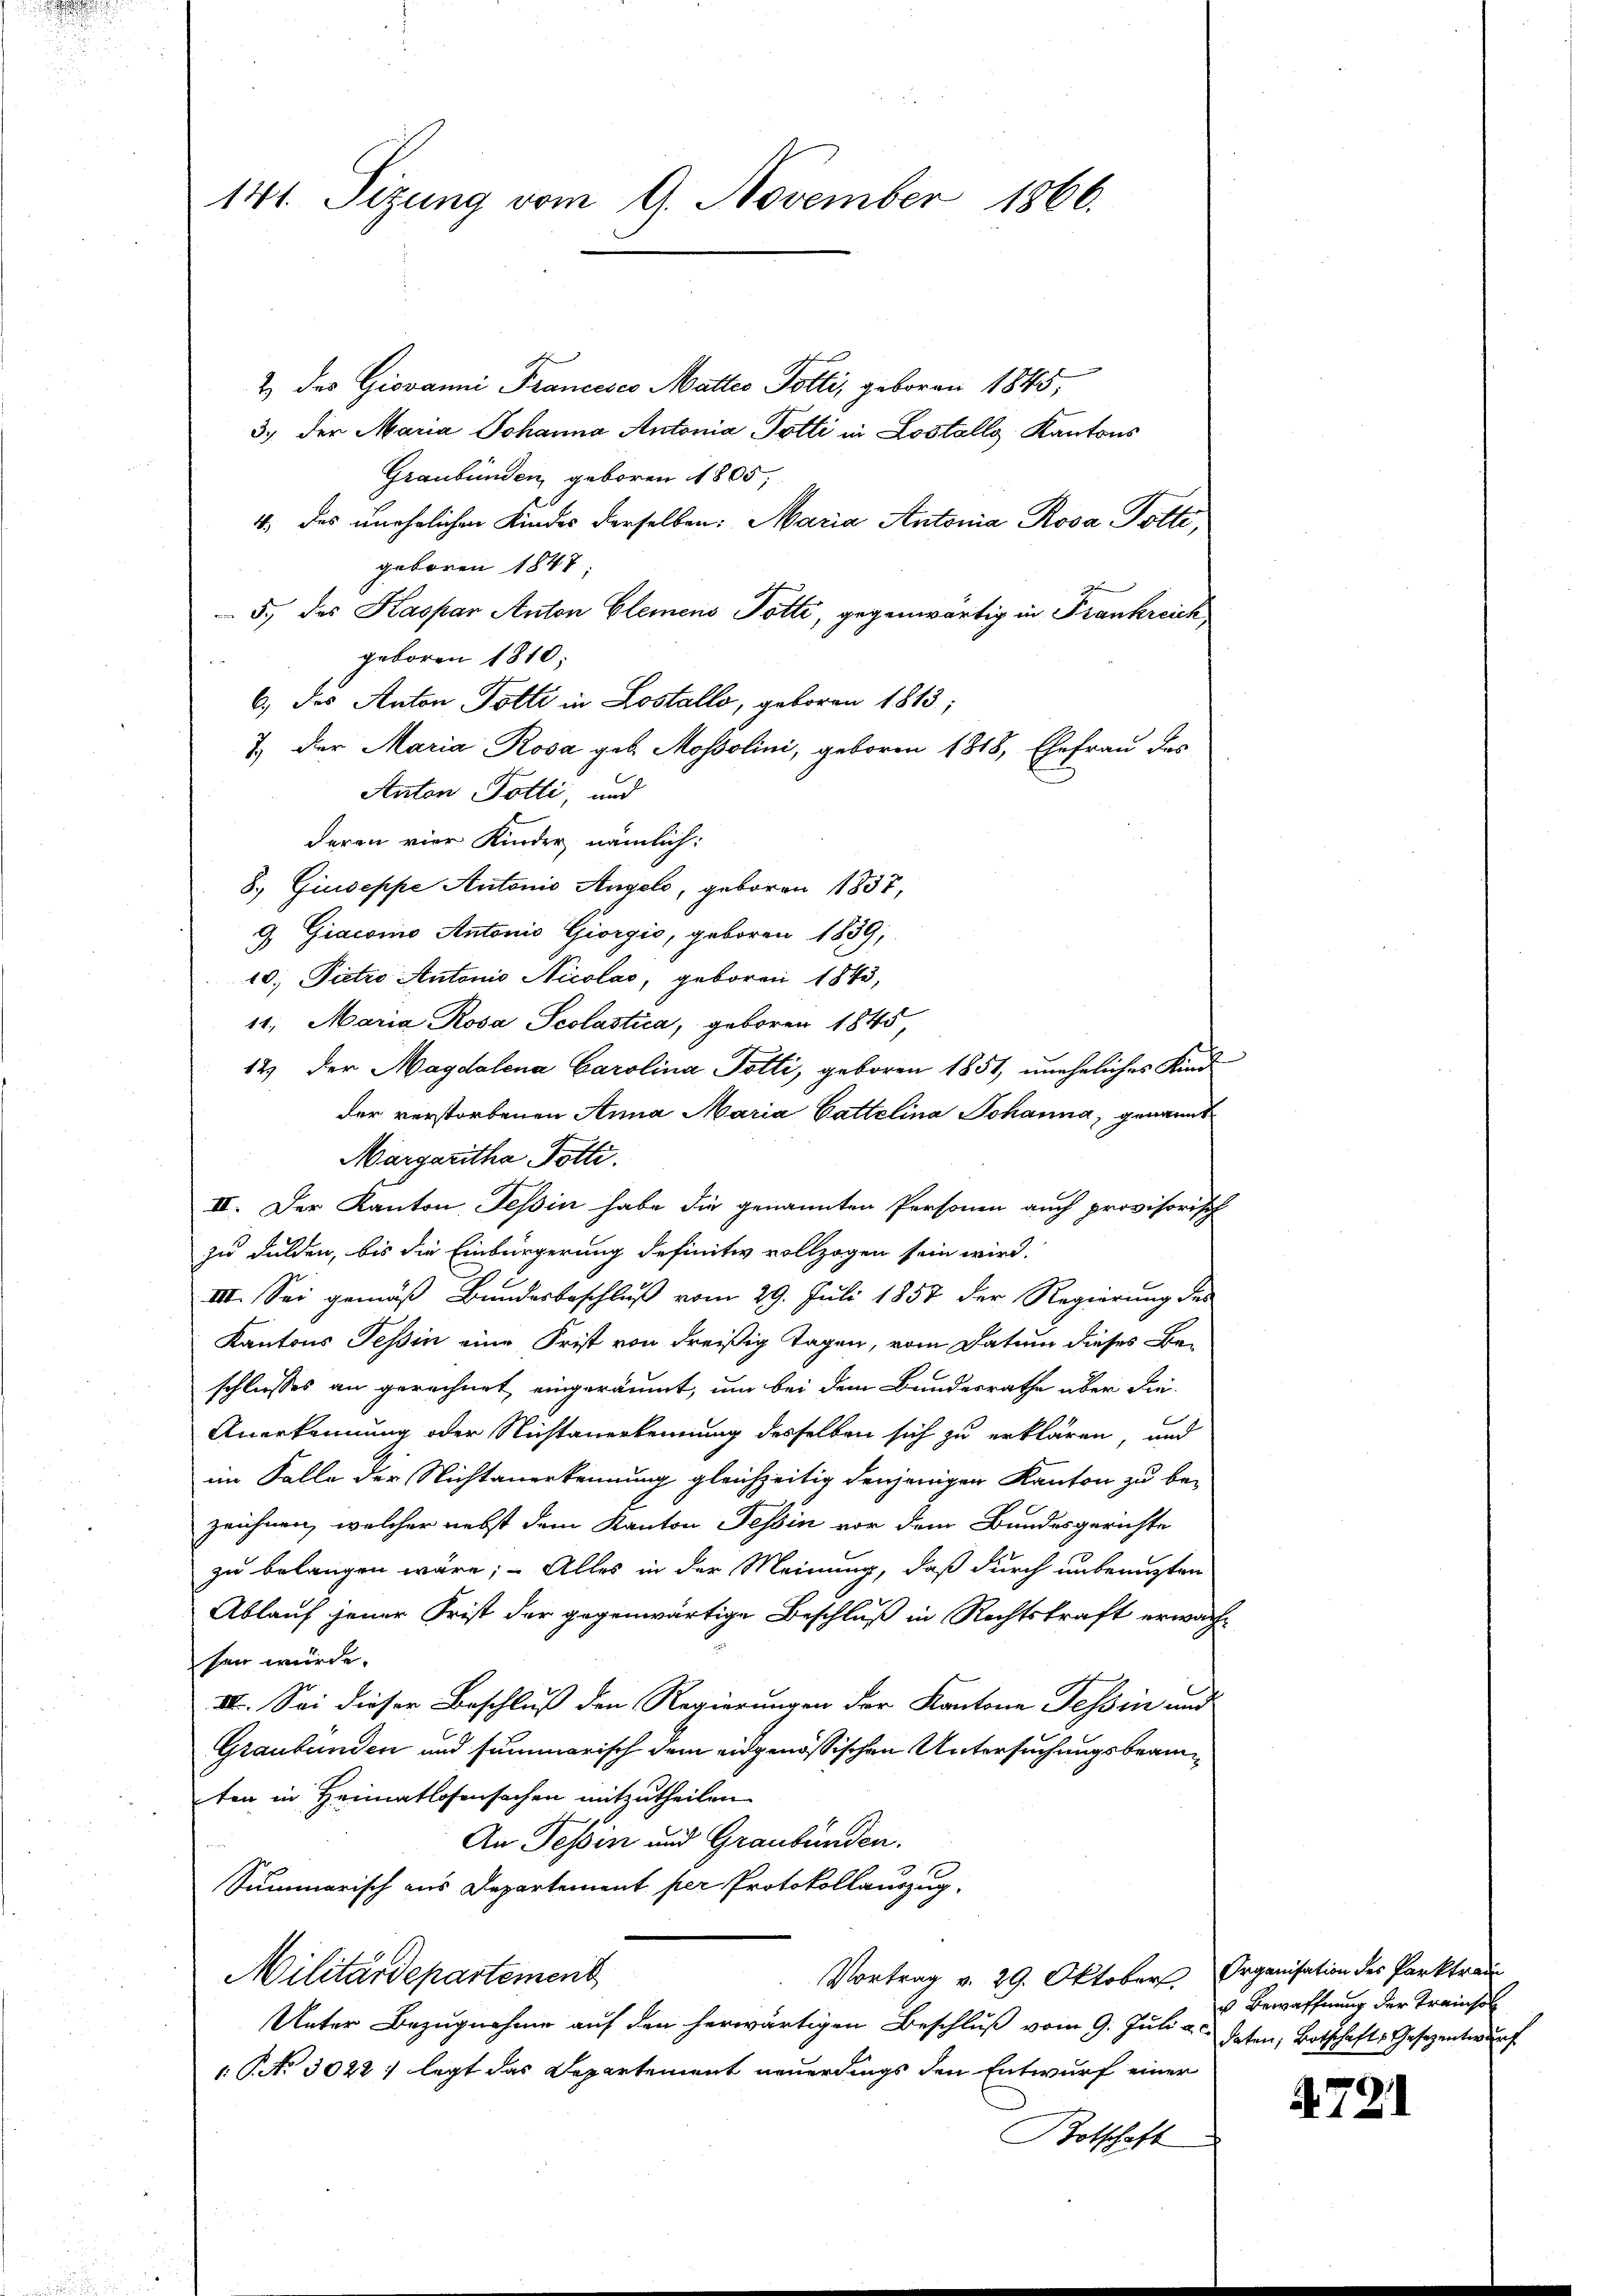
141. Sizung vom 9. November 1866.

2 des Giovanni Francisco Mattes Potti, geboren 1845,
3.) Der Maria Johanna Antonia Potti in Lostolly, Kantons
Graubünden, geboren 1805,
4. des unehelichen Kindes derselben: Maria Antonia Rosa Polte,
geboren 1847
5., des Kaspar Anton Elemens Potti, gegenwärtig in Frankreich
geboren 1810.
6.) des Anton Totti in Lostallo, geboren 1813;
7. Der Maria Rosa geb. Mossolini, geboren 1818, Ehefrau des
Anton Totti, und
deren vier Kinder, nämlich:
8., Giuseppe Autonio Angelo, geboren 1837,
9 Giacomo Antonio Giorgio, geboren 1839,
10. Pietro Antonio Nicolas, geboren 1843,
11. Maria Rosa Scolastica, geboren 1845,
12) der Magdalena Carolina Potti, geboren 1851, uneheliches Kind
der verstorbenen Anna Maria Cattelina Johanna, genannt
Margaritha Pötti.
II. Der Kanton Tessin habe die genannten Personen auch provisorisch
zu dulden, bis die Einbürgerung definitiv vollzogen sein wird.
IIII. Sei gemäß Bundesbeschluß vom 29. Juli 1857 der Regierung des
Kantons Tessin eine Frist von dreißig Tagen, vom Datum dieses Be-
schliesses an gerechnet eingeräumt, um bei dem Bundesrathe aber die¬
Anerkennung oder Nichtanerkennung desselben sich zu erklären, und
im Falle der Nichtanerkennung gleichzeitig denjenigen Kanton zu be-
zeichnen, welcher nebst dem Kanton Tessin vor dem Bundesgerichte
zu belangen wäre; – Alles in der Meinung, daß durch unbenuzten
Ablauf jener Frist der gegenwärtige Beschluß in Rechtskraft erwächsen würde.
II. Sei dieser Beschluß den Regierungen der Kantone Tessin und
Graubünden und summarisch dem eidgenössischen Untersuchungsbeamten in Heimatlosensachen mitzutheilen.
An Tessin und Graubünden.
Summarisch aus Departement per Protokollauszug,
Vortrag v. 29. Oktober Organisation des Parktrau
Militärdepartement
Unter Bezugnahme auf den herwärtigen Beschluß vom 9. Juli u. daten, Botschafts Gesezentwurf
: P. Nr. 3022 legt das Departement neuerdings den Entwurf einer
otschaft

d

u Bewaffnung der Trainsol

4721